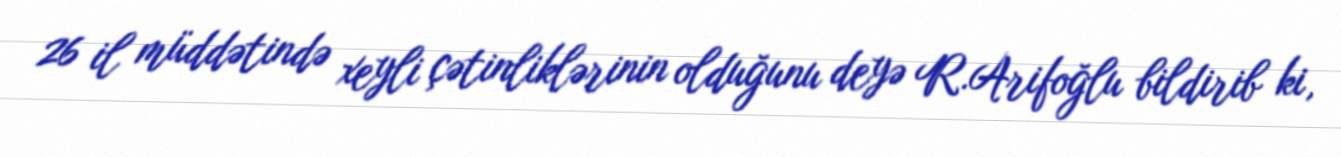
26 il müddətində xeyli çətinliklərinin olduğunu deyə R.Arifoğlu bildirib ki,